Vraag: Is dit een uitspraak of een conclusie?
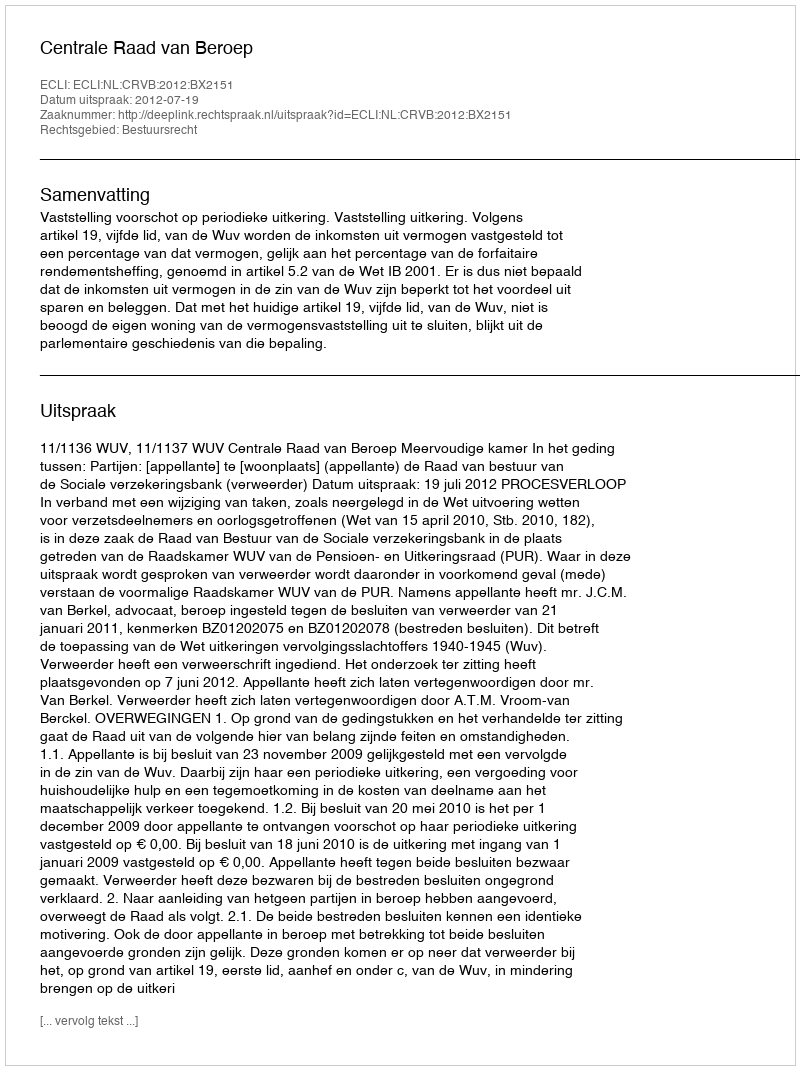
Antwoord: Uitspraak